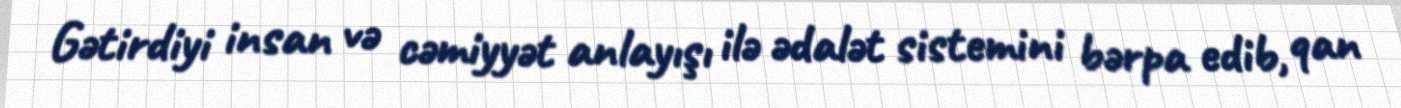
Gətirdiyi insan və cəmiyyət anlayışı ilə ədalət sistemini bərpa edib, qan